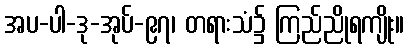
အပ-ပါ-ဒု-အုပ်-၉၇၊ တရားသံ၌ ကြည်ညိုရကျိုး။